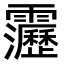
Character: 靋